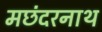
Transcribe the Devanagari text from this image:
मछंदरनाथ